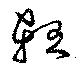
軖